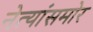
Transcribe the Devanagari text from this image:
नेत्यांसमोर